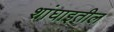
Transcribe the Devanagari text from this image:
शांघाइतील